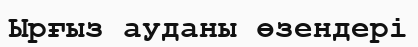
Ырғыз ауданы өзендері